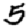
Digit: 5